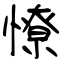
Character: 憭